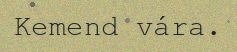
Kemend vára.